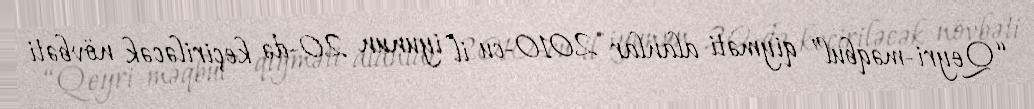
“Qeyri-məqbul” qiyməti alanlar 2010-cu il iyunun 20-də keçiriləcək növbəti